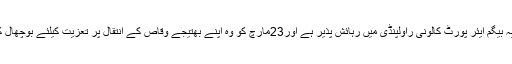
65سالہ رضیہ بیگم ایئر پورٹ کالونی راولپنڈی میں رہائش پذیر ہے اور23مارچ کو وہ اپنے بھتیجے وقاص کے انتقال پر تعزیت کیلئے بوچھال کلاں آئی تھی۔